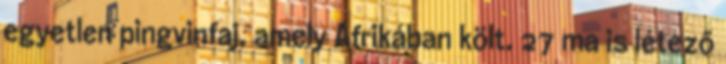
egyetlen pingvinfaj, amely Afrikában költ. 27 ma is létező